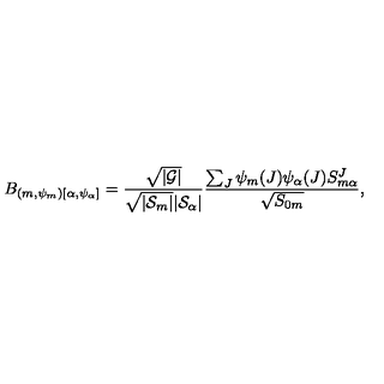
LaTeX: B _ { ( m , \psi _ { m } ) [ \alpha , \psi _ { \alpha } ] } = { \frac { \sqrt { | \cal G | } } { \sqrt { | { \cal S } _ { m } | } | { \cal S } _ { \alpha } | } } { \frac { \sum _ { J } \psi _ { m } ( J ) \psi _ { \alpha } ( J ) { S } _ { m \alpha } ^ { J } } { \sqrt { { S } _ { 0 m } } } } ,